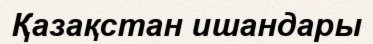
Қазақстан ишандары